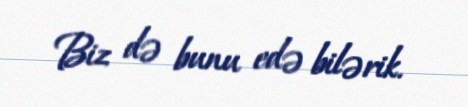
Biz də bunu edə bilərik.